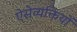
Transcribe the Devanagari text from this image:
ऐसेव्यक्तियों